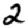
Digit: 2